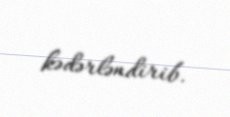
kədərləndirib.